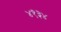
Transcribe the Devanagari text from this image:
४१३४